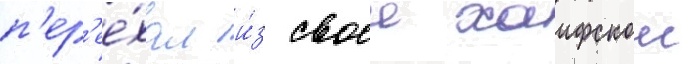
п'ер'ее́хал и́з своеи хаифскои